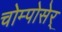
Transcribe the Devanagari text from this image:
चोम्पोसेर्